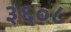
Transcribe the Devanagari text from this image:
३६०८